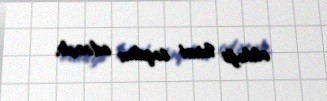
olduğu kimi təqdim edəcək.